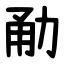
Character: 勈